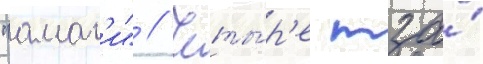
"амаг'и" // Четы́р'е тза́